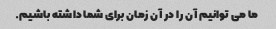
ما می توانیم آن را در آن زمان برای شما داشته باشیم.